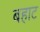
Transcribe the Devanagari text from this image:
बहाट